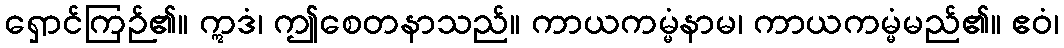
ရှောင်ကြဉ်၏။ ဣဒံ၊ ဤစေတနာသည်။ ကာယကမ္မံနာမ၊ ကာယကမ္မံမည်၏။ ဧဝံ၊